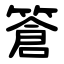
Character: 篬